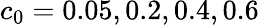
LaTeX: c_{0}=0.05,0.2,0.4,0.6